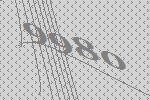
9980